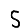
Digit: 5